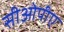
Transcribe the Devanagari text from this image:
सीओपीए